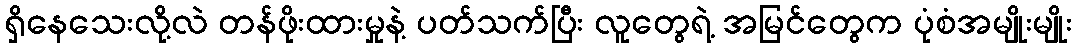
ရှိနေသေးလို့လဲ တန်ဖိုးထားမှုနဲ့ ပတ်သက်ပြီး လူတွေရဲ့ အမြင်တွေက ပုံစံအမျိုးမျိုး